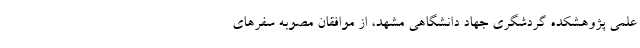
‌علمی پژوهشکده گردشگری جهاد دانشگاهی مشهد، از موافقان مصوبه سفرهای